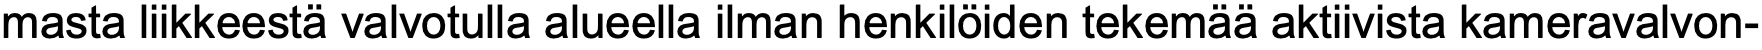
masta liikkeestä valvotulla alueella ilman henkilöiden tekemää aktiivista kameravalvon-